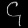
Digit: ၄